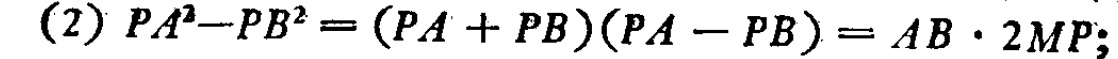
(2) \(PA^{2}-PB^{2}=(PA + PB)(PA - PB)=AB\cdot 2MP;\)